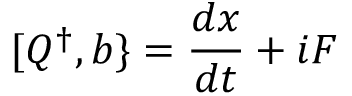
[ Q ^ { \dagger } , b \} = { \frac { d x } { d t } } + i F